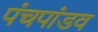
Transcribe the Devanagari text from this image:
पंचपांडव